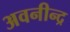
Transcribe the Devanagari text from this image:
अवनीन्द्र